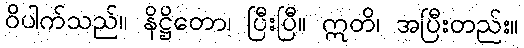
ဝိပါက်သည်။ နိဋ္ဌိတော၊ ပြီးပြီ။ ဣတိ၊ အပြီးတည်း။